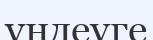
үндеуге